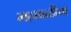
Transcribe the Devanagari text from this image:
महाबळीचा